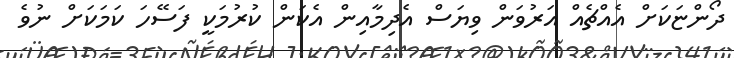
ދޯންޏަކަށް އެއްޗެއް އަރުވަން ވިޔަސް އެދިމާއިން އެކަން ކުރުމަކީ ފަސޭހަ ކަމަކަށް ނުވެ